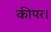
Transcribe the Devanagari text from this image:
कीपर।